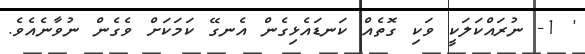
' 1- ނުރައްކަލަކީ ވަކި ގޮތެއް ކަނޑައެޅިގެން އެނގޭ ކަމަކަށް ވެގެން ނުވާނެއެވެ.